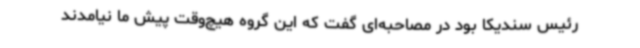
رئیس سندیکا بود در مصاحبه‌ای گفت که این گروه هیچ‌وقت پیش ما نیامدند